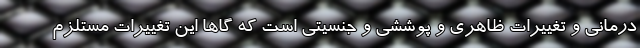
درمانی و تغییرات ظاهری و پوششی و جنسیتی است که گاها این تغییرات مستلزم